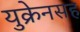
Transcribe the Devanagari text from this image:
युक्रेनसह